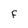
Character: F